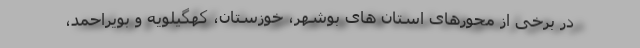
در برخی از محورهای استان های بوشهر، خوزستان، کهگیلویه و بویراحمد،